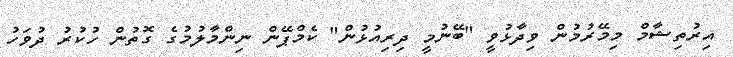
އިރުތިޝާމް މިމޭރުމުން ވިދާޅުވީ "ބޭނުމީ ދިރިއުޅުން" ކެމްޕޭން ނިންމާލުމުގެ ގޮތުން ހުކުރު ދުވަހު